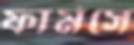
ফার্মসে